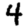
Digit: 4